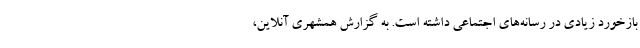
بازخورد زیادی در رسانه‌های اجتماعی داشته است. به گزارش همشهری آنلاین،